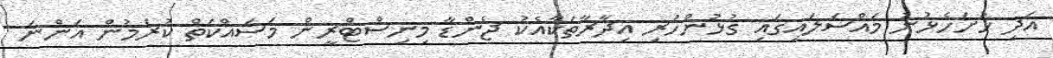
އަދި ހުށަހެޅުނު މައްސަލައިގައި ގުޅުންހުރި އިދާރާތަކާއެކު ޖެންޑާ މިނިސްޓްރީން މަސައްކަތް ކުރަމުން އަންނަ